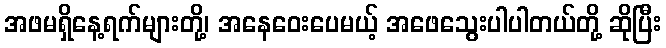
အဖမရှိနေ့ရက်များတို့၊ အနေဝေးပေမယ့် အဖေသွေးပါပါတယ်တို့ ဆိုပြီး